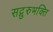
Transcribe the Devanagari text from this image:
सद्गुरुभक्ति